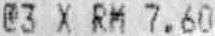
@3 X RM 7.60